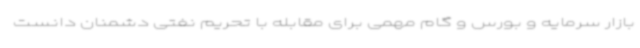
بازار سرمایه و بورس و گام مهمی برای مقابله با تحریم نفتی دشمنان دانست